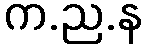
က.ည.န